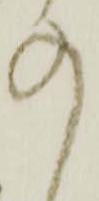
の